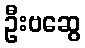
ဦးဗဆွေ